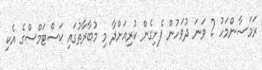
ރަމަޟާންމަހު 2 ވަނަ ދުވަހުން ފެށިގެން ކުރިއަށްދާ މި މުބާރާތުގައި ކަސްޓަމްސްގެ އެކި